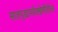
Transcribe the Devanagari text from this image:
सातपुडापर्वतश्रेणीतील